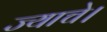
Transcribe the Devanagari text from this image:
ज्याचे।